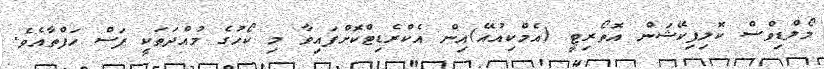
މޯލްޑިވްސް ކޮލިފިކޭޝަން އޮތޯރިޓީ (އެމްކިއުއޭ)އިން އެކްރެޑިޓްކޮށްފައިވާ މި ކޯހުގެ މުއްދަތަކީ ފަސް ހަފްތާއެވެ.